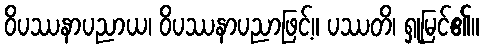
ဝိပဿနာပညာယ၊ ဝိပဿနာပညာဖြင့်။ ပဿတိ၊ ရှုမြင်၏။